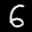
Label: 6